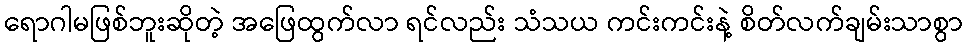
ရောဂါမဖြစ်ဘူးဆိုတဲ့ အဖြေထွက်လာ ရင်လည်း သံသယ ကင်းကင်းနဲ့ စိတ်လက်ချမ်းသာစွာ